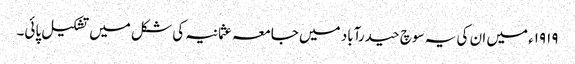
۱۹۱۹ء میں ان کی یہ سوچ حیدرآباد میں جامعہ عثمانیہ کی شکل میں تشکیل پائی۔